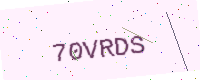
Text: 70VRDS